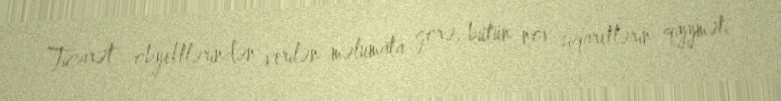
Ticarət obyektlərindən verilən məlumata görə, bütün növ siqaretlərin qiyyməti